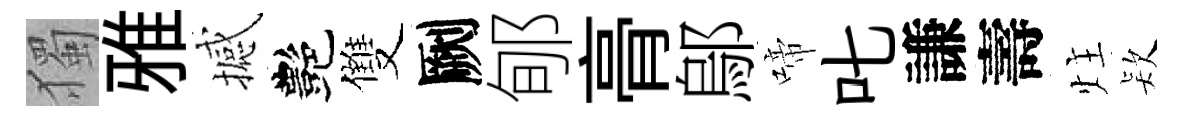
獨雅撼艷雙劂郇𮌔鄔啼叱謙壽炷𣣇